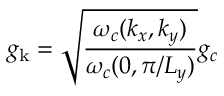
g _ { \mathrm { k } } = \sqrt { \frac { \omega _ { c } ( { k _ { x } , k _ { y } } ) } { \omega _ { c } ( 0 , \pi / L _ { y } ) } } g _ { c }